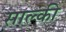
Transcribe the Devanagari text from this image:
साल्की